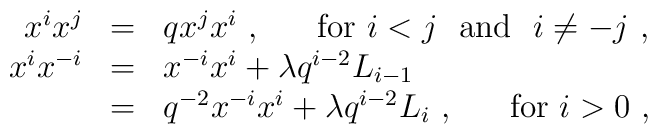
\begin{array}{rcl}x^ix^j&=&qx^jx^i~,~~~~~{\rm for}~i<j~ ~{\rm and}~~i\not=-j~,\\x^ix^{-i}&=&x^{-i}x^i+\lambda q^{i-2}L_{i-1}\\         &=&q^{-2}x^{-i}x^i+\lambda q^{i-2}L_i~,~~~~~{\rm for}~i>0~,\end{array}